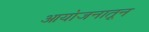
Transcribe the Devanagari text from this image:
आयोजनातून